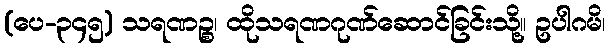
(ပေ-၃၄၅) သရဏဉ္စ၊ ထိုသရဏဂုဏ်ဆောင်ခြင်းသို့။ ဥပါဂမိ၊